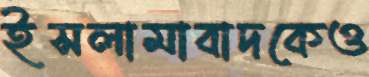
ইসলামাবাদকেও